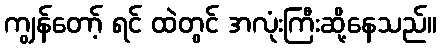
ကျွန်တော့် ရင် ထဲတွင် အလုံးကြီးဆို့နေသည်။